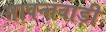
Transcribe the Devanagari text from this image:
सावन्तवाड़ी